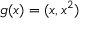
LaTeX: g ( x ) = ( x , x ^ { 2 } )